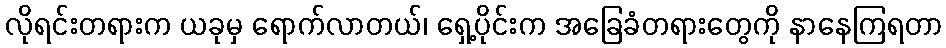
လိုရင်းတရားက ယခုမှ ရောက်လာတယ်၊ ရှေ့ပိုင်းက အခြေခံတရားတွေကို နာနေကြရတာ